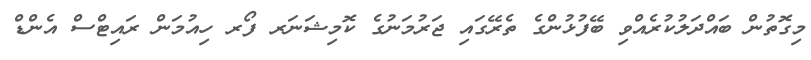
މިގޮތުން ބައްދަލުކުރެއްވި ބޭފުޅުންގެ ތެރޭގައި ޖަރުމަނުގެ ކޮމިޝަނަރ ފޯރ ހިއުމަން ރައިޓްސް އެންޑް